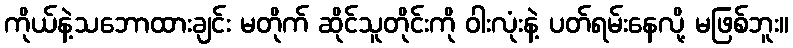
ကိုယ်နဲ့သဘောထားချင်း မတိုက် ဆိုင်သူတိုင်းကို ဝါးလုံးနဲ့ ပတ်ရမ်းနေလို့ မဖြစ်ဘူး။